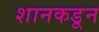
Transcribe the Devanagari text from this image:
शानकडून